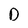
Character: D